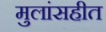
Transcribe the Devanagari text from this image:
मुलांसहीत